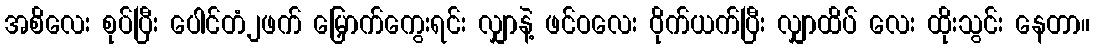
အစိလေး စုပ်ပြီး ပေါင်တံ၂ဖက် မြှောက်ကွေးရင်း လျှာနဲ့ ဖင်ဝလေး ဝိုက်ယက်ပြီး လျှာထိပ် လေး ထိုးသွင်း နေတာ။